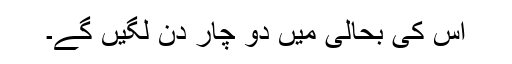
اس کی بحالی میں دو چار دِن لگیں گے۔